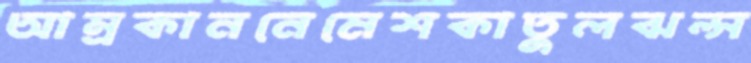
আম্রকাননেমেশকাতুলঝল্‌স